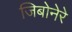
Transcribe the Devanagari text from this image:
जिबोनेरे